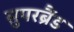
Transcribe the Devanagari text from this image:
सुपरब्रैंड